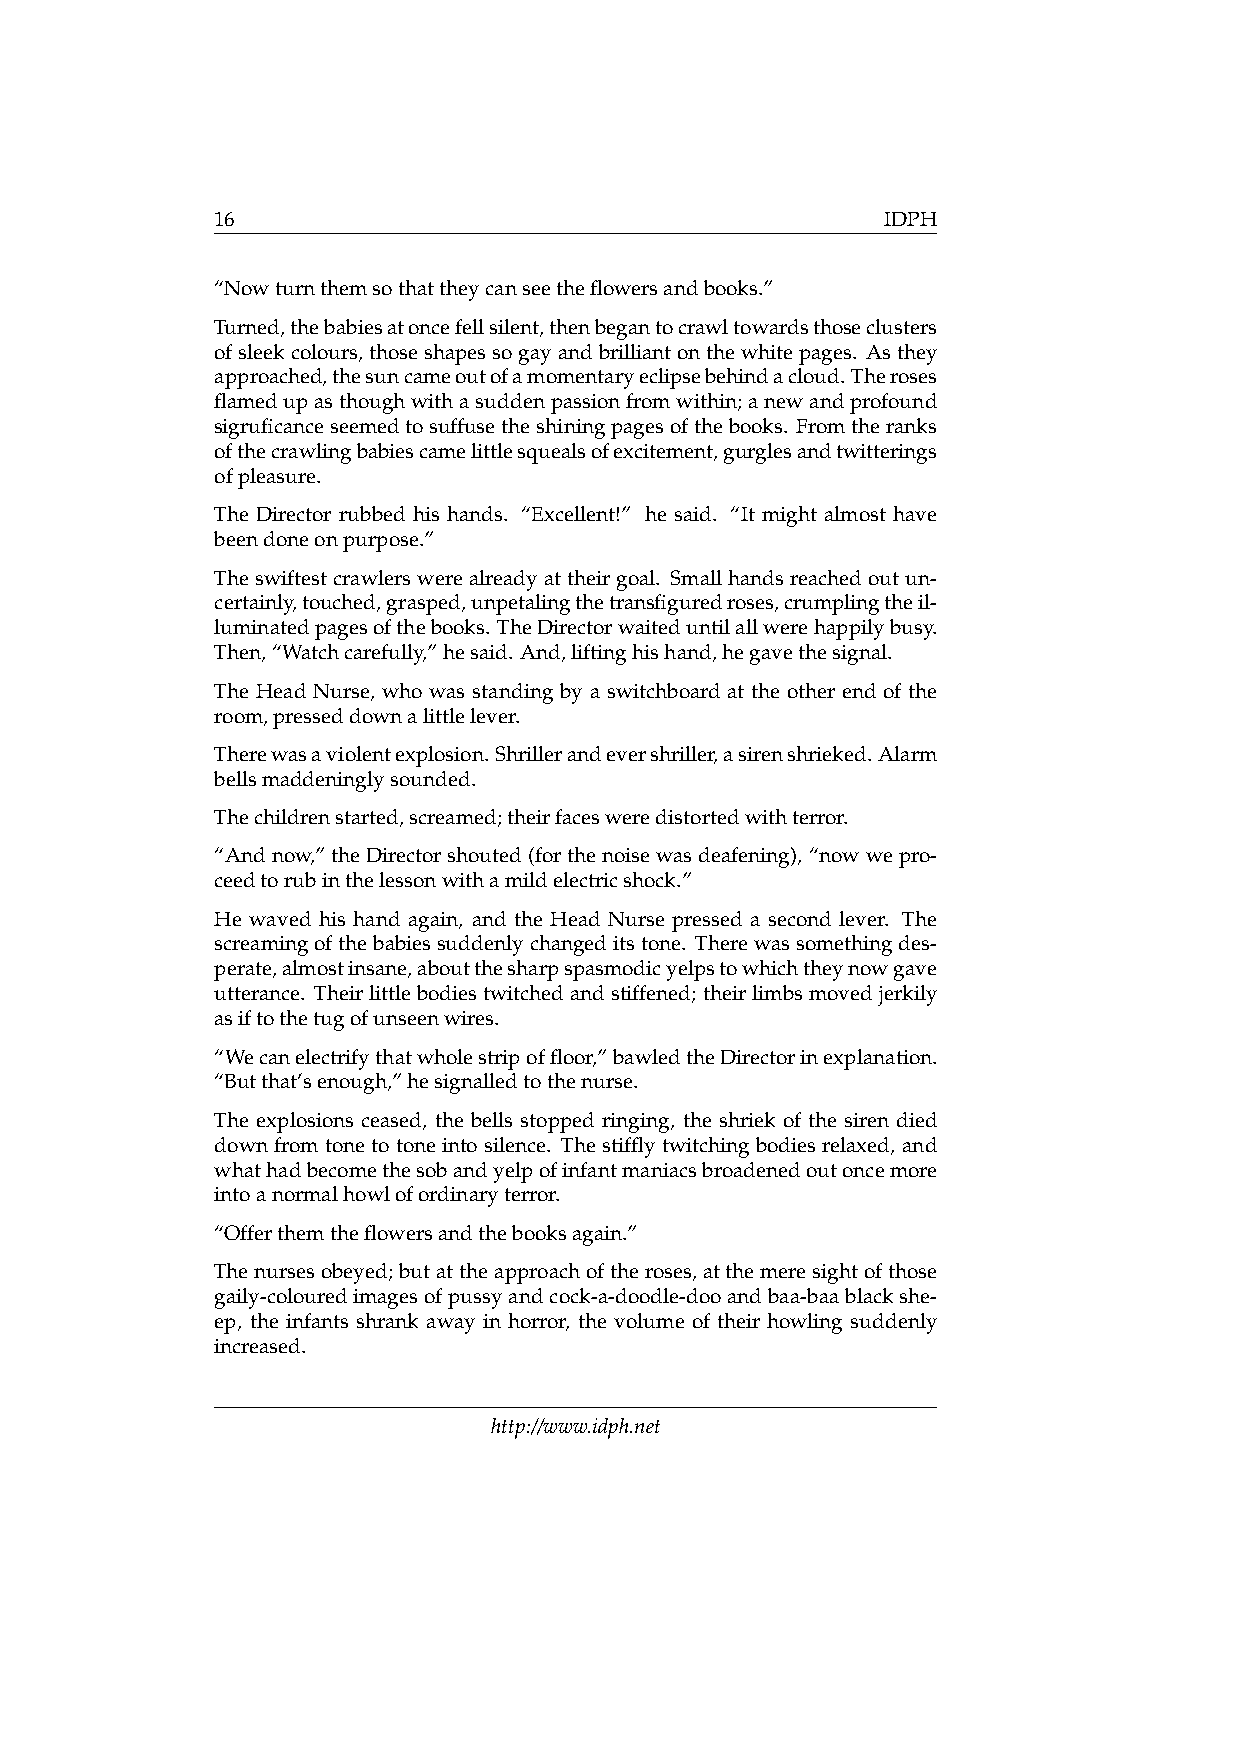
16                                           IDPH
 “Nowturnthemsothattheycanseetheflowersandbooks.”
 Turned,thebabiesatoncefellsilent,thenbegantocrawltowardsthoseclusters
 ofsleekcolours,thoseshapessogayandbrilliantonthewhitepages. Asthey
 approached,thesuncameoutofamomentaryeclipsebehindacloud.Theroses
 flamedupasthoughwithasuddenpassionfromwithin;anewandprofound
 sigruficanceseemedtosuffusetheshiningpagesofthebooks. Fromtheranks
 ofthecrawlingbabiescamelittlesquealsofexcitement,gurglesandtwitterings
 ofpleasure.
 The Director rubbed his hands. “Excellent!” he said. “It might almost have
 beendoneonpurpose.”
 Theswiftestcrawlerswerealreadyattheirgoal. Smallhandsreachedoutun-
 certainly,touched,grasped,unpetalingthetransfiguredroses,crumplingtheil-
 luminatedpagesofthebooks. TheDirectorwaiteduntilallwerehappilybusy.
 Then,“Watchcarefully,”hesaid. And,liftinghishand,hegavethesignal.
 The Head Nurse, who was standing by a switchboard at the other end of the
 room,presseddownalittlelever.
 Therewasaviolentexplosion.Shrillerandevershriller,asirenshrieked.Alarm
 bellsmaddeninglysounded.
 Thechildrenstarted,screamed;theirfacesweredistortedwithterror.
 “Andnow,”theDirectorshouted(forthenoisewasdeafening),“nowwepro-
 ceedtorubinthelessonwithamildelectricshock.”
 He waved his hand again, and the Head Nurse pressed a second lever. The
 screamingofthebabiessuddenlychangeditstone. Therewassomethingdes-
 perate,almostinsane,aboutthesharpspasmodicyelpstowhichtheynowgave
 utterance. Theirlittlebodiestwitchedandstiffened; theirlimbsmovedjerkily
 asiftothetugofunseenwires.
 “Wecanelectrifythatwholestripoffloor,”bawledtheDirectorinexplanation.
 “Butthat’senough,”hesignalledtothenurse.
 The explosions ceased, the bells stopped ringing, the shriek of the siren died
 down from tone to tone into silence. The stiffly twitching bodies relaxed, and
 whathadbecomethesobandyelpofinfantmaniacsbroadenedoutoncemore
 intoanormalhowlofordinaryterror.
 “Offerthemtheflowersandthebooksagain.”
 Thenursesobeyed;butattheapproachoftheroses,atthemeresightofthose
 gaily-colouredimagesofpussyandcock-a-doodle-dooandbaa-baablackshe-
 ep, the infants shrank away in horror, the volume of their howling suddenly
 increased.
 http://www.idph.net